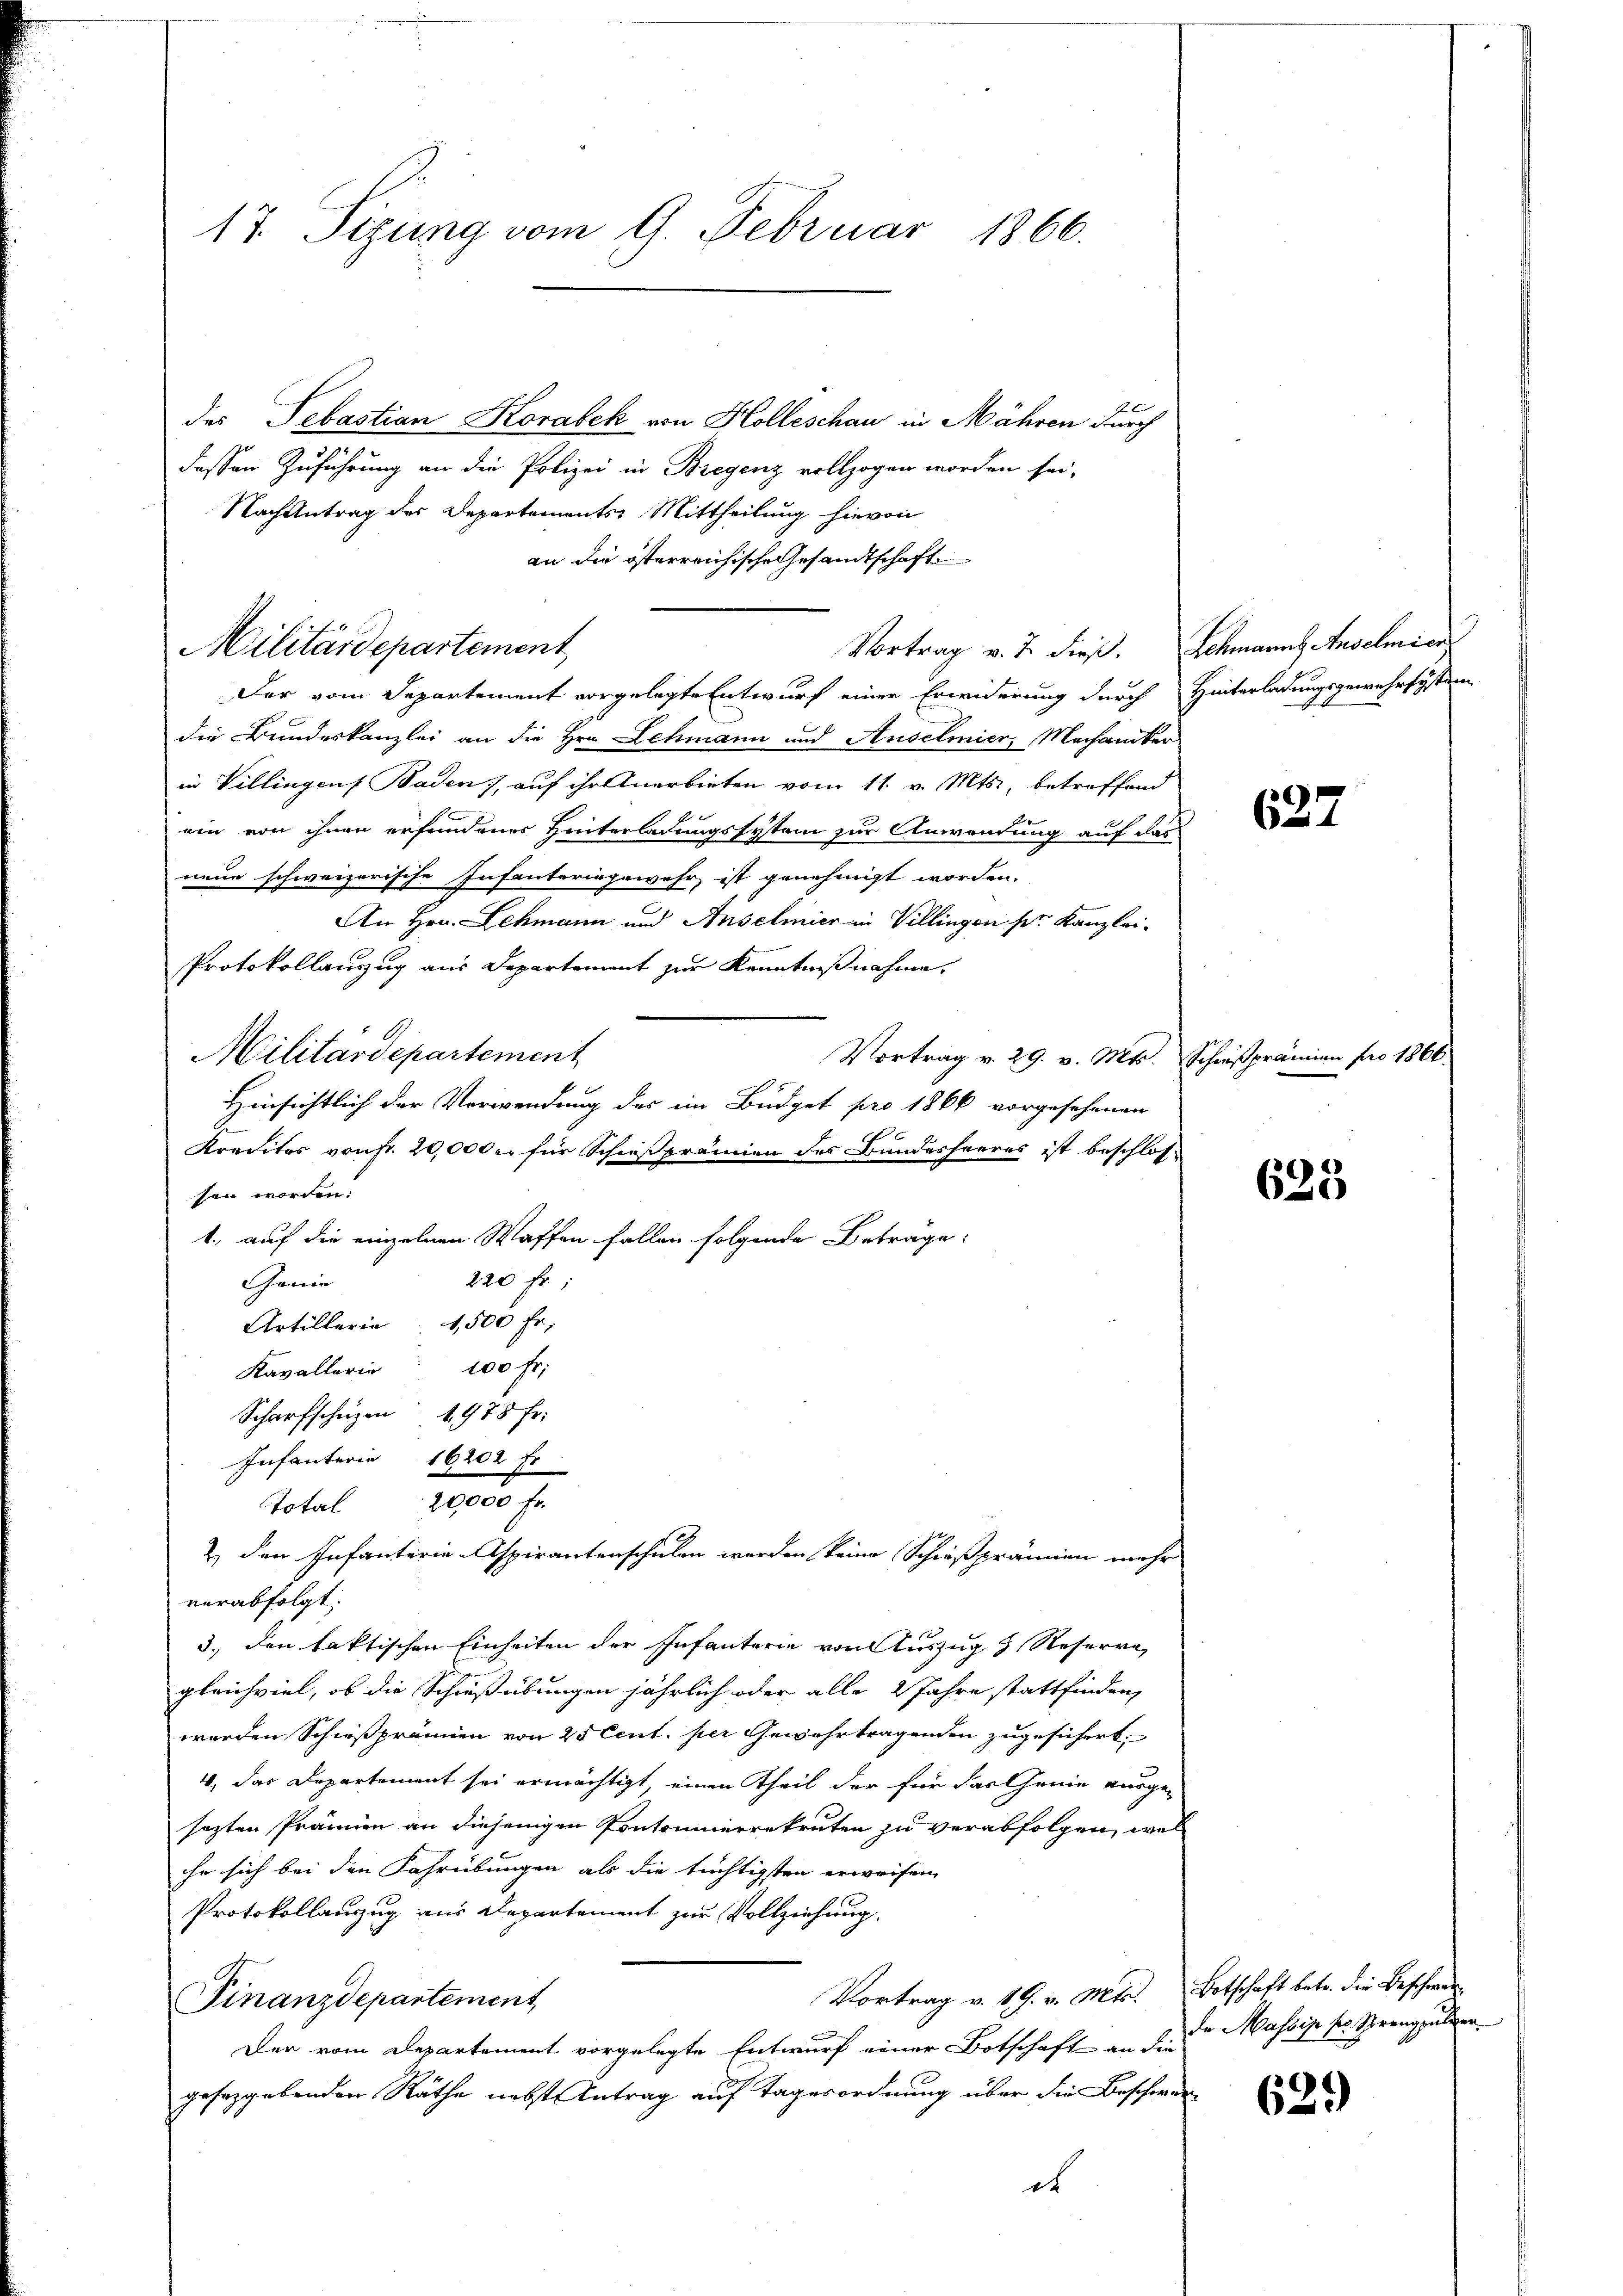
17. Sizung vom 9. Februar 1866.

des Sebastian Korabek von Holleschau in Mähren durch
dessen Zuführung an die Polizei in Bregenz vollzogen worden sei,
Nach Antrag des Departements Mittheilung hievon
Der vom Departement vorgelegte Entwurf einer Erwiderung durch
die Bundeskanzlei an die Hrn. Lehmann und Auselmier, Mechaniker
in Villingen Baden, auf ihr Anerbieten vom 11. v. Mts., betreffend
ein von ihnen erfundener Hinterladungssystem zur Anwendung auf das
neue schweizerische Infanteringewehr, ist genehmigt worden.
An Hrn. Lehmann und Anschmier in Villingen pr. Kanzlei-
Protokollauszug aus Departement zur Kenntnißnahme,
Militärdepartement
Vortrag v. 29. v. Mts. Schießprämien pro 1864
Hinsichtlich der Verwendung des im Budget pro 1866 vorgesehenen
Kredites von fr. 20,000 er für Schießprämien des Bundesheeres ist beschlossen worden:
1., auf die einzelnen Waffen fallen folgende Betrage:
220 fr.:
Genie
Artillerie 1500 Fr.
100 fr.
Kavallerin
Scharfschüzen 1978 Fr.
Infanterie 16202 fr
Total 20000 Fr.
2) den Infanterie-Aspirantenschulen werden keine Schießprämien mehr
verabfolgt.
3.) den faktischen Einheiten der Infanterie von Auszug z. Reserre
gleichviel, ob die Schießübungen jährlich oder alle 2 Jahre stattfinden,
werden Schießprämien von 25 Cent. per Gewehrtragenden zugesichert.
4, das Departement sei ermächtigt, einen Theil der für das Genie ausgesezten Prämien an diejenigen Pontounierrekruten zu verabfolgen, wel
he sich bei den Fahrübungen als die tüchtigsten erweisen.
Protokollauszug aus Departement zur Vollziehung
Vortrag v. 19. v. Mts.
Finanzdepartement
.
Der vom Departement vorgelegte Entwurf einer Botschaft an die
geseggebenden Räthe nebst Antrag auf Tagerordnung über die Beschwer

Militärdepartement

an die österreichische Gesandtschaft
Vortrag v. J. dieß.

Lohmanns Auselmior
Hinterladungsgewehrsystem

627

623

Botschaft betr. die Beschwer
de Massip pr. Strengpulver

62.)